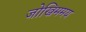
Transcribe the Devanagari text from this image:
जोखिममय